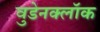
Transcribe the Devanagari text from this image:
वुडेनक्लॉक